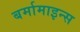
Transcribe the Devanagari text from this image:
बर्मामाइन्स